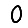
Digit: 0